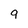
Character: g